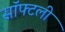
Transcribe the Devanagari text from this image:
सॉफ्टली